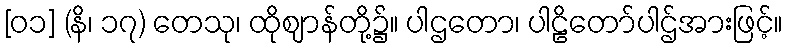
[၀၁] (နိ၊ ၁၇) တေသု၊ ထိုဈာန်တို့၌။ ပါဌတော၊ ပါဠိတော်ပါဌ်အားဖြင့်။